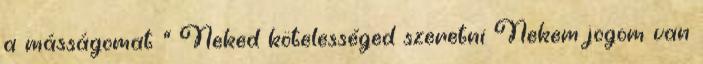
a másságomat ” Neked kötelességed szeretni Nekem jogom van